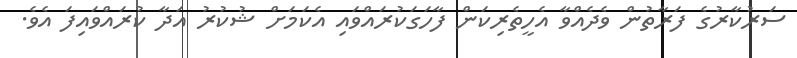
ސަރުކާރުގެ ފަރާތުން ވެދެއްވާ އެހީތެރިކަން ފާހަގަކުރައްވައި އެކަމަށް ޝުކުރު އަދާ ކުރައްވައިފަ އެވެ.